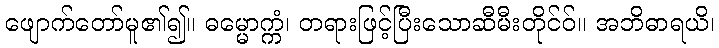
ဖျောက်တော်မူ၏၍။ ဓမ္မောက္ကံ၊ တရားဖြင့်ပြီးသောဆီမီးတိုင်ဝ်။ အဘိဓာရယိ၊